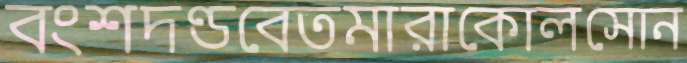
বংশদণ্ডবেতমারাকোলসোন